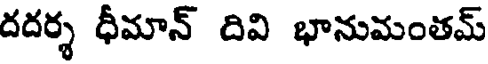
దదర్శ ధీమాన్ దివి భానుమంతమ్